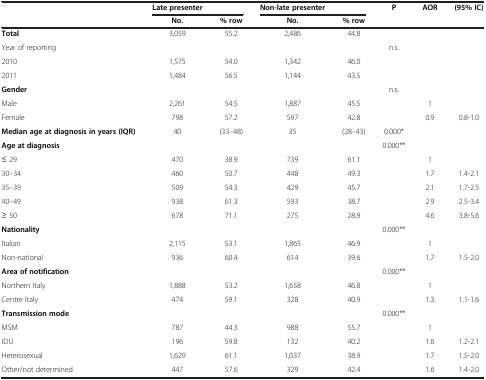
<table><thead><tr><td><b> </b></td><td><b>Late presenter</b></td><td><b> </b></td><td><b>Non-late presenter</b></td><td><b> </b></td><td><b>P</b></td><td><b>AOR</b></td><td><b>(95% IC)</b></td></tr><tr><td><b> </b></td><td><b>No.</b></td><td><b>% row</b></td><td><b>No.</b></td><td><b>% row</b></td><td><b> </b></td><td><b> </b></td><td><b> </b></td></tr></thead><tbody><tr><td><b>Total</b></td><td>3,059</td><td>55.2</td><td>2,486</td><td>44.8</td><td> </td><td> </td><td> </td></tr><tr><td>Year of reporting</td><td> </td><td> </td><td> </td><td> </td><td>n.s.</td><td> </td><td> </td></tr><tr><td>2010</td><td>1,575</td><td>54.0</td><td>1,342</td><td>46.0</td><td> </td><td> </td><td> </td></tr><tr><td>2011</td><td>1,484</td><td>56.5</td><td>1,144</td><td>43.5</td><td> </td><td> </td><td> </td></tr><tr><td><b>Gender</b></td><td> </td><td> </td><td> </td><td> </td><td>n.s.</td><td> </td><td> </td></tr><tr><td>Male</td><td>2,261</td><td>54.5</td><td>1,887</td><td>45.5</td><td> </td><td>1</td><td> </td></tr><tr><td>Female</td><td>798</td><td>57.2</td><td>597</td><td>42.8</td><td> </td><td>0.9</td><td>0.8-1.0</td></tr><tr><td><b>Median age at diagnosis in years (IQR)</b></td><td>40</td><td>(33–48)</td><td>35</td><td>(28–43)</td><td>0.000*</td><td> </td><td> </td></tr><tr><td><b>Age at diagnosis</b></td><td> </td><td> </td><td> </td><td> </td><td>0.000**</td><td> </td><td> </td></tr><tr><td>≤ 29</td><td>470</td><td>38.9</td><td>739</td><td>61.1</td><td> </td><td>1</td><td> </td></tr><tr><td>30–34</td><td>460</td><td>50.7</td><td>448</td><td>49.3</td><td> </td><td>1.7</td><td>1.4-2.1</td></tr><tr><td>35–39</td><td>509</td><td>54.3</td><td>429</td><td>45.7</td><td> </td><td>2.1</td><td>1.7-2.5</td></tr><tr><td>40–49</td><td>938</td><td>61.3</td><td>593</td><td>38.7</td><td> </td><td>2.9</td><td>2.5-3.4</td></tr><tr><td>≥ 50</td><td>678</td><td>71.1</td><td>275</td><td>28.9</td><td> </td><td>4.6</td><td>3.8-5.6</td></tr><tr><td><b>Nationality</b></td><td> </td><td> </td><td> </td><td> </td><td>0.000**</td><td> </td><td> </td></tr><tr><td>Italian</td><td>2,115</td><td>53.1</td><td>1,865</td><td>46.9</td><td> </td><td>1</td><td> </td></tr><tr><td>Non-national</td><td>936</td><td>60.4</td><td>614</td><td>39.6</td><td> </td><td>1,7</td><td>1.5-2.0</td></tr><tr><td><b>Area of notification</b></td><td> </td><td> </td><td> </td><td> </td><td>0.000**</td><td> </td><td> </td></tr><tr><td>Northern Italy</td><td>1,888</td><td>53.2</td><td>1,658</td><td>46.8</td><td> </td><td>1</td><td> </td></tr><tr><td>Centre Italy</td><td>474</td><td>59.1</td><td>328</td><td>40.9</td><td> </td><td>1.3</td><td>1.1-1.6</td></tr><tr><td><b>Transmission mode</b></td><td> </td><td> </td><td> </td><td> </td><td>0.000**</td><td> </td><td> </td></tr><tr><td>MSM</td><td>787</td><td>44.3</td><td>988</td><td>55.7</td><td> </td><td>1</td><td> </td></tr><tr><td>IDU</td><td>196</td><td>59.8</td><td>132</td><td>40.2</td><td> </td><td>1.6</td><td>1.2-2.1</td></tr><tr><td>Heterosexual</td><td>1,629</td><td>61.1</td><td>1,037</td><td>38.9</td><td> </td><td>1.7</td><td>1.5-2.0</td></tr><tr><td>Other/not determined</td><td>447</td><td>57.6</td><td>329</td><td>42.4</td><td> </td><td>1.6</td><td>1.4-2.0</td></tr></tbody></table>